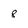
Character: 8